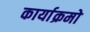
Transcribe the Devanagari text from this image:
कार्याक्रमो